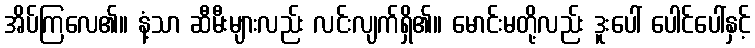
အိပ်ကြလေ၏။ နံ့သာ ဆီမီးများလည်း လင်းလျက်ရှိ၏။ မောင်းမတို့လည်း ဒူးပေါ် ပေါင်ပေါ်နှင့်